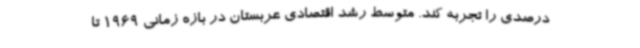
درصدی را تجربه کند. متوسط رشد اقتصادی عربستان در بازه زمانی 1969 تا